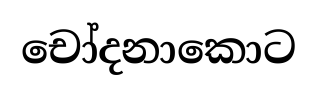
චෝදනාකොට